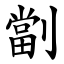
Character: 劏